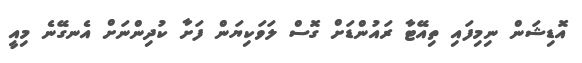
އޮޑިޝަން ނިމިފައި ތިއޭޓާ ރައުންޑަށް ގޮސް ލަވަކިޔަން ފަށާ ކުދިންނަށް އެނގޭނެ މިއީ